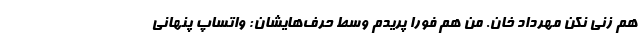
هم زنی نکن مهرداد خان. من هم فورا پریدم وسط حرف­هایشان: واتساپ پنهانی